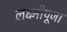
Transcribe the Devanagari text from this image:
लक्ष्मीपूजा